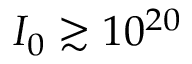
I _ { 0 } \gtrsim 1 0 ^ { 2 0 }